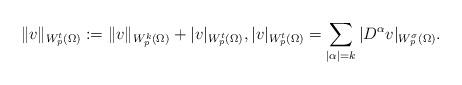
LaTeX: \begin{align*}\| v \|_{W^t_p (\Omega)} := \| v \|_{W^k_p(\Omega)} + |v|_{W^t_p (\Omega)}, |v|_{W^t_p (\Omega)} = \sum_{|\alpha| = k } | D^\alpha v |_{W^\sigma_p(\Omega)}.\end{align*}